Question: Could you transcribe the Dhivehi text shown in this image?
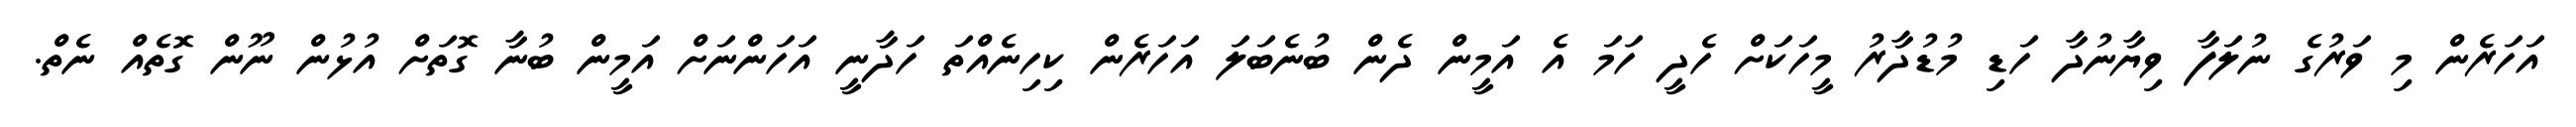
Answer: އަހަރެން މި ވަރުގެ ނުލަފާ ވިޔާނުދާ ހަޑި މުޑުދާރު މީހަކަށް ހެދީ ހަމަ އެ އަމީން ދެން ބުނެބަލަ އަހަރެން ކިހިނެއްތަ ހަދާނީ އަހަންނަށް އަމީން ބުނާ ގޮތަށް އުޅުން ނޫން ގޮތެއް ނެތް.